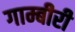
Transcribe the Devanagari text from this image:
गाम्बीरी